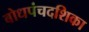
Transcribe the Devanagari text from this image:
बोधपंचदशिका